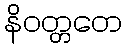
နိဝတ္တတေ